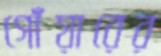
গোঁয়ারের